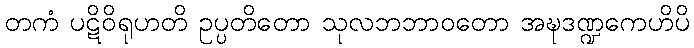
တကံ ပဋိဝိရုဟတိ ဥပ္ပတိတော သုလဘဘာဝတော အဍ္ဎဒဏ္ဍကေဟိပိ